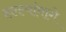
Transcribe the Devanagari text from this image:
हल्ल्यांमागे